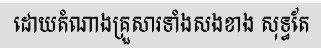
ដោយតំណាងគ្រួសារទាំងសងខាង សុទ្ធតែ